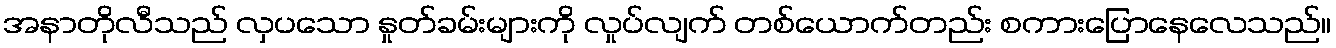
အနာတိုလီသည် လှပသော နှုတ်ခမ်းများကို လှုပ်လျက် တစ်ယောက်တည်း စကားပြောနေလေသည်။